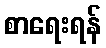
စာရေးရန်